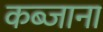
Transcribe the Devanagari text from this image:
कब्जाना